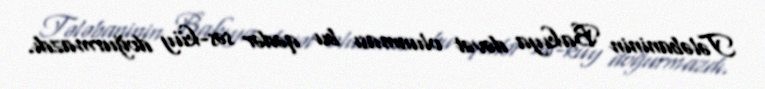
Tələbaninin Bakıya dəvət olunması bu qədər səs-küy doğurmazdı.